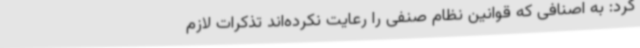
کرد: به اصنافی که قوانین نظام صنفی را رعایت نکرده‌اند تذکرات لازم